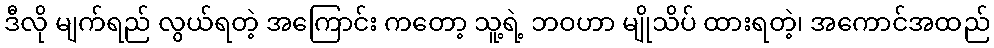
ဒီလို မျက်ရည် လွယ်ရတဲ့ အကြောင်း ကတော့ သူ့ရဲ့ ဘဝဟာ မျိုသိပ် ထားရတဲ့၊ အကောင်အထည်